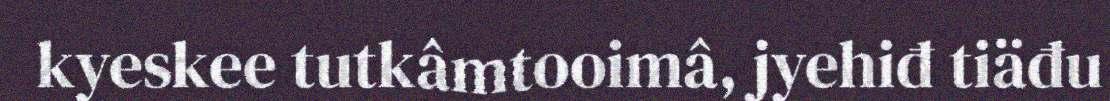
kyeskee tutkâmtooimâ, jyehiđ tiäđu